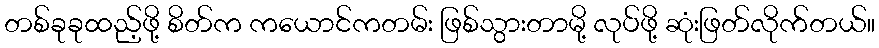
တစ်ခုခုထည့်ဖို့ စိတ်က ကယောင်ကတမ်း ဖြစ်သွားတာမို့ လုပ်ဖို့ ဆုံးဖြတ်လိုက်တယ်။